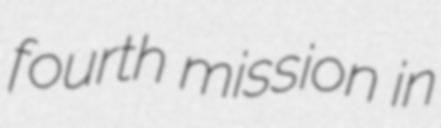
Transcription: fourth mission in